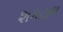
શકટાલ